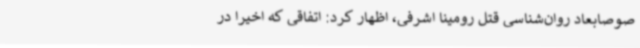
صوصابعاد روان‌شناسی قتل رومینا اشرفی، اظهار کرد: اتفاقی که اخیرا در